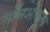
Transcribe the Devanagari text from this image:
मॉलओक्लुस्न